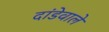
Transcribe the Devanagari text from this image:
दांडेवाले